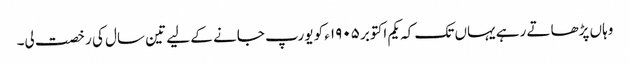
وہاں پڑھاتے رہے یہاں تک کہ یکم اکتوبر ١٩٠۵ء کو یورپ جانے کے لیے تین سال کی رخصت لی۔